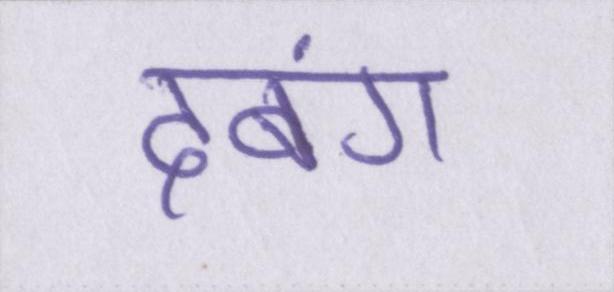
दबंग